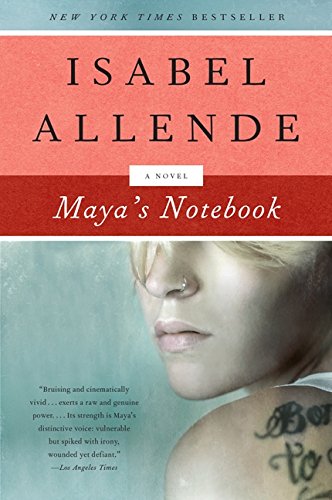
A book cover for Maya's Notebook: A Novel (P.S.); Isabel Allende; Literature & Fiction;